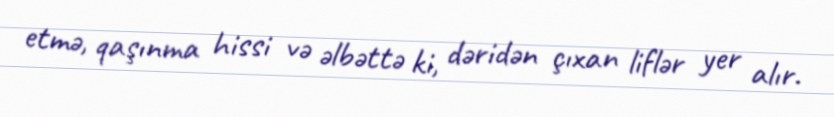
etmə, qaşınma hissi və əlbəttə ki, dəridən çıxan liflər yer alır.